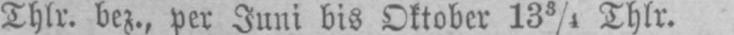
Thlr. bez., per Juni bis Oktober 133/4 Thlr.